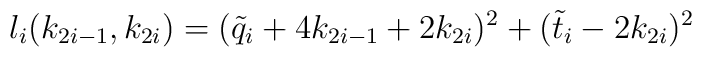
l_i(k_{2i-1},k_{2i})=(\tilde{q}_i+4k_{2i-1}+2k_{2i})^2+(\tilde{t}_i-2k_{2i})^2